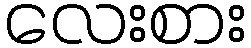
လေးစား